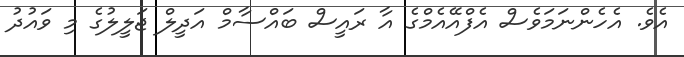
އެވެ. އެހެންނަމަވެސް އެފްއޭއެމްގެ އާ ރައީސް ބައްސާމް އަދީލް ޖަލީލުގެ މި ވައުދު